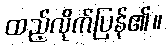
ထည့်လိုက်ပြန်၏။